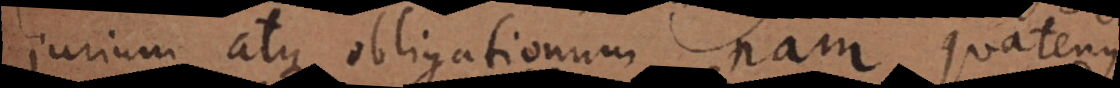
jurium atque obligationum, nam quatenus